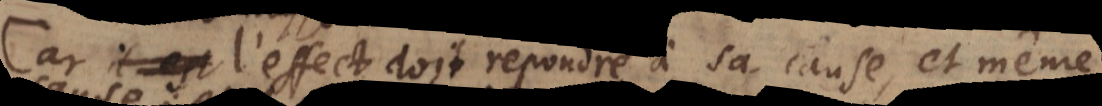
Car l’effect doit repondre à sa cause, et même